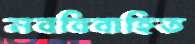
নববিবাহিত